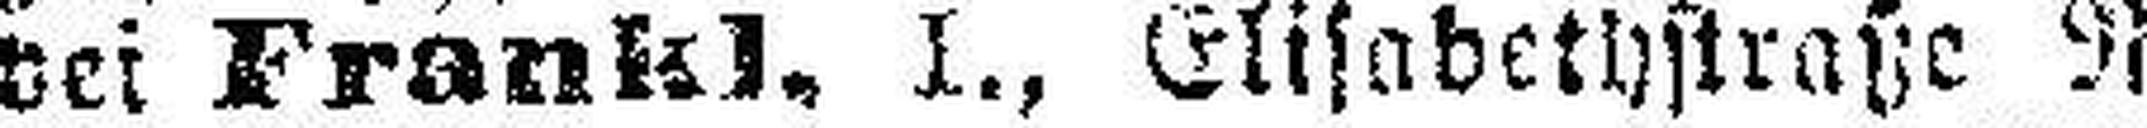
bei Frankl. I., Elisabethstraße Nr. 6